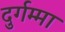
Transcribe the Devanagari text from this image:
दुर्गम्मा